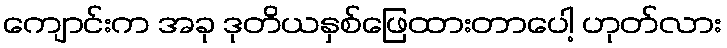
ကျောင်းက အခု ဒုတိယနှစ်ဖြေထားတာပေါ့ ဟုတ်လား